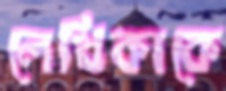
লেখিকাকে